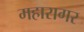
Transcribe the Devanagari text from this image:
महारागर